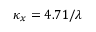
\kappa _ { x } = 4 . 7 1 / \lambda